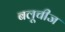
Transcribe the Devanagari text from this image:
बलूचीज